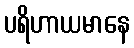
ပရိဟာယမာနေ